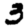
Digit: 3